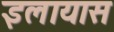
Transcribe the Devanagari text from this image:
इलायास